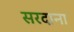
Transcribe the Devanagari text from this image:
सरदाना